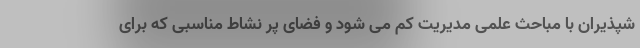
شپذیران با مباحث علمی مدیریت کم می شود و فضای پر نشاط مناسبی که برای